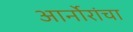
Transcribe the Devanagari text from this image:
आर्नोरांचा